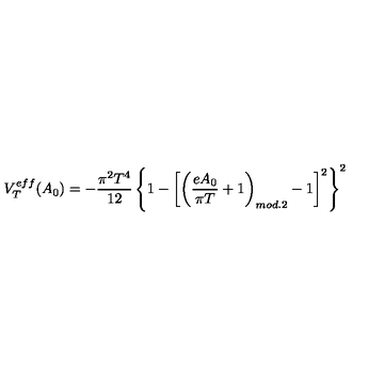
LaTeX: V _ { T } ^ { e f f } ( A _ { 0 } ) = - \frac { \pi ^ { 2 } T ^ { 4 } } { 1 2 } \left\{ 1 - \left[ \left( \frac { e A _ { 0 } } { \pi T } + 1 \right) _ { m o d . 2 } - 1 \right] ^ { 2 } \right\} ^ { 2 }